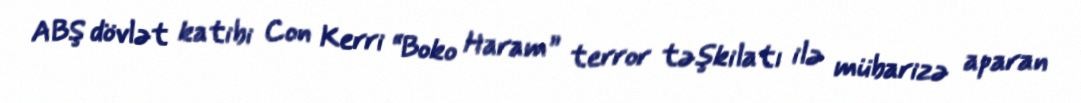
ABŞ dövlət katibi Con Kerri “Boko Haram” terror təşkilatı ilə mübarizə aparan